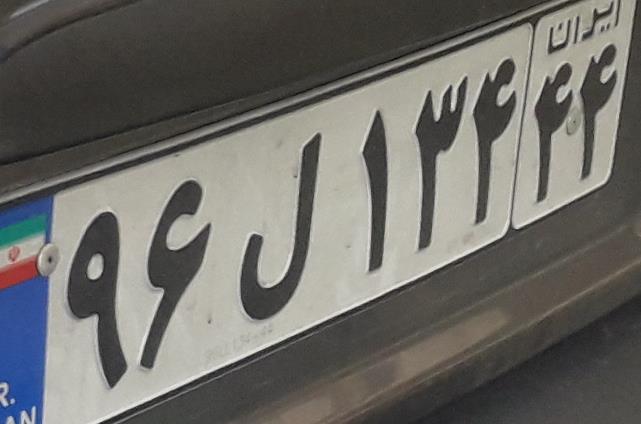
۹۶ل۱۳۴۴۴